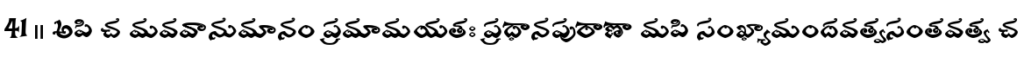
41 ॥ అపి చ మవవానుమానం ప్రమామయతః ప్రధానపురాణా మపి సంఖ్యామందవత్వసంతవత్వ చ